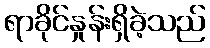
ရာခိုင်နှုန်းရှိခဲ့သည်